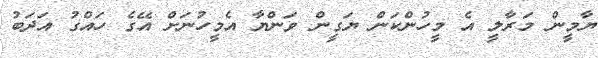
ޔާމީން މަރާލީ އެ މީހުންކަން ޔަގީން ވަންޔާ އެމީހުނަށް އޭގެ ހައްގު އަދަބު